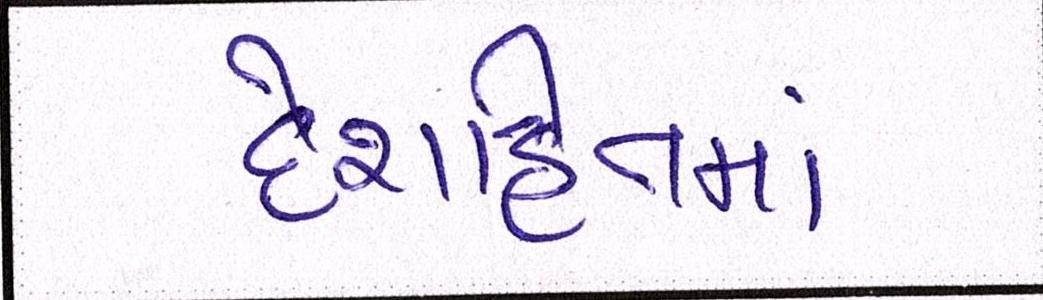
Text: દેશહિતમાં